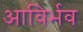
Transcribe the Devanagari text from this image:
आविर्भव